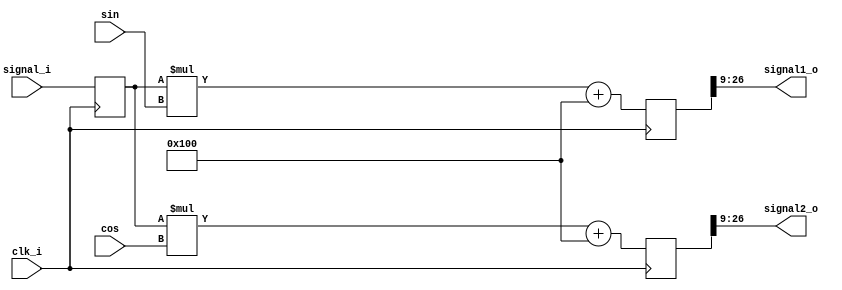
module red_pitaya_iq_demodulator_block #(
    parameter     INBITS   = 14,
    parameter     OUTBITS   = 18,
    parameter     SINBITS   = 14,
    parameter     SHIFTBITS  = 1
)
(
    input clk_i,
    input signed  [SINBITS-1:0] sin, 
    input signed  [SINBITS-1:0] cos, 
    input signed  [INBITS-1:0]  signal_i,
    output signed [OUTBITS-1:0] signal1_o,            
    output signed [OUTBITS-1:0] signal2_o            
);
reg signed [INBITS-1:0] firstproduct_reg;
always @(posedge clk_i) begin
    firstproduct_reg <= signal_i;
end
reg signed [SINBITS+INBITS-1:0] product1;
reg signed [SINBITS+INBITS-1:0] product2;
always @(posedge clk_i) begin
    product1 <= firstproduct_reg * sin + $signed(1 << (SINBITS+INBITS-OUTBITS-SHIFTBITS-1));
    product2 <= firstproduct_reg * cos + $signed(1 << (SINBITS+INBITS-OUTBITS-SHIFTBITS-1));
end
assign signal1_o = product1[SINBITS+INBITS-1-SHIFTBITS:SINBITS+INBITS-OUTBITS-SHIFTBITS];
assign signal2_o = product2[SINBITS+INBITS-1-SHIFTBITS:SINBITS+INBITS-OUTBITS-SHIFTBITS];
endmodule